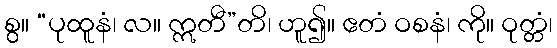
စွ။ “ပုထူနံ၊ လ။ ဣတီ”တိ၊ ဟူ၍။ ဧတံ ဝစနံ၊ ကို။ ဝုတ္တံ၊